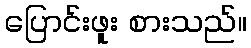
ပြောင်းဖူး စားသည်။